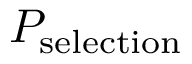
P _ { \mathrm { s e l e c t i o n } }